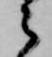
之